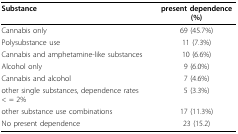
<table><thead><tr><td><b>Substance</b></td><td><b>present dependence (%)</b></td></tr></thead><tbody><tr><td>Cannabis only</td><td>69 (45.7%)</td></tr><tr><td>Polysubstance use</td><td>11 (7.3%)</td></tr><tr><td>Cannabis and amphetamine-like substances</td><td>10 (6.6%)</td></tr><tr><td>Alcohol only</td><td>9 (6.0%)</td></tr><tr><td>Cannabis and alcohol</td><td>7 (4.6%)</td></tr><tr><td>other single substances, dependence rates &lt; = 2%</td><td>5 (3.3%)</td></tr><tr><td>other substance use combinations</td><td>17 (11.3%)</td></tr><tr><td>No present dependence</td><td>23 (15.2)</td></tr></tbody></table>